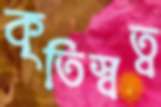
কৃতিস্বত্ব